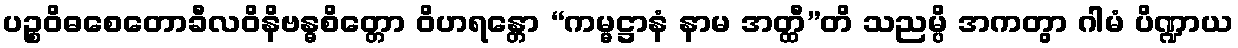
ပဉ္စဝိဓစေတောခီလဝိနိဗန္ဓစိတ္တော ဝိဟရန္တော “ကမ္မဋ္ဌာနံ နာမ အတ္ထီ”တိ သညမ္ပိ အကတွာ ဂါမံ ပိဏ္ဍာယ